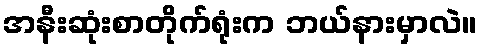
အနီးဆုံးစာတိုက်ရုံးက ဘယ်နားမှာလဲ။